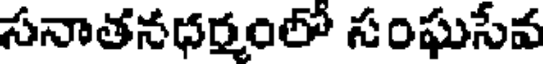
సనాతనధర్మంలో సంఘసేవ